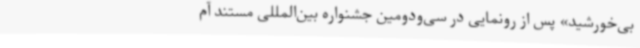
بی‌خورشید» پس از رونمایی در سی‌ودومین جشنواره بین‌المللی مستند آم